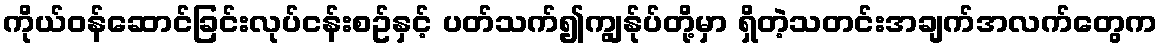
ကိုယ်ဝန်ဆောင်ခြင်းလုပ်ငန်းစဥ်နှင့် ပတ်သက်၍ကျွန်ုပ်တို့မှာ ရှိတဲ့သတင်းအချက်အလက်တွေက